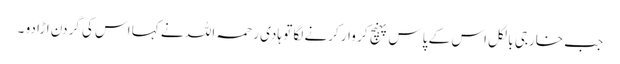
جب خارجی بالکل اس کے پاس پہنچ کر وار کرنے لگا تو ہادی رحمہ اللہ نے کہا اس کی گردن اڑا دو ۔